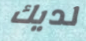
لديك